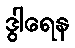
ဒွါရေန